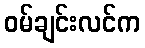
ဝမ်ချင်းလင်က